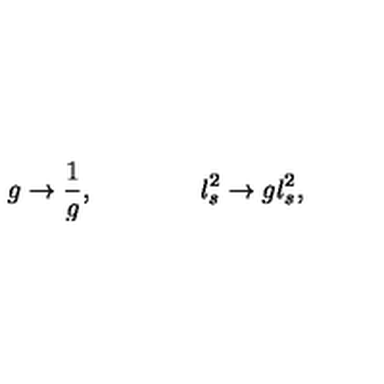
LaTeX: g \rightarrow { \frac { 1 } { g } } , \qquad \qquad l _ { s } ^ { 2 } \rightarrow g l _ { s } ^ { 2 } ,